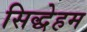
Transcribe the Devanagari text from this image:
सिद्धेहम